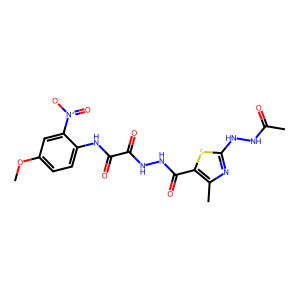
SMILES: COc1ccc(NC(=O)C(=O)NNC(=O)c2sc(NNC(C)=O)nc2C)c([N+](=O)[O-])c1
Inhibits HIV replication: No